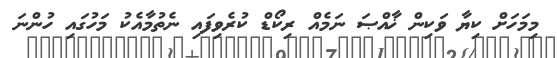
މިމަހަށް ކިޔާ ވަކިން ޚާއްޞަ ނަމެއް ރިކޯޑް ކުރެވިފައި ނެތުމާއެކު މަހުގައި ހުންނަ